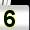
Digit: 5